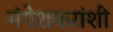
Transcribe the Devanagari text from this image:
मंगेशकरांशी